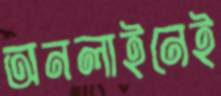
অনলাইনেই